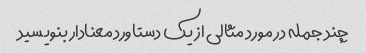
چند جمله در مورد مثالی از یک دستاورد معنادار بنویسید